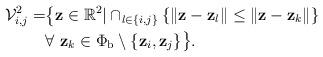
LaTeX: \begin{align*}\mathcal{V}_{i,j}^{2} = &\big\{\mathbf{z} \in \mathbb{R}^2 | \cap_{l \in \{i,j\}} \{ \Vert \mathbf{z} - \mathbf{z}_{l}\Vert \leq \Vert \mathbf{z} - \mathbf{z}_k\Vert\} \\& \forall ~\mathbf{z}_k \in \Phi_{\mathrm b} \setminus \{\mathbf{z}_{i}, \mathbf{z}_{j} \} \big\}.\end{align*}